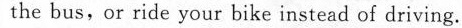
the bus,or ride your bike instead of driving.